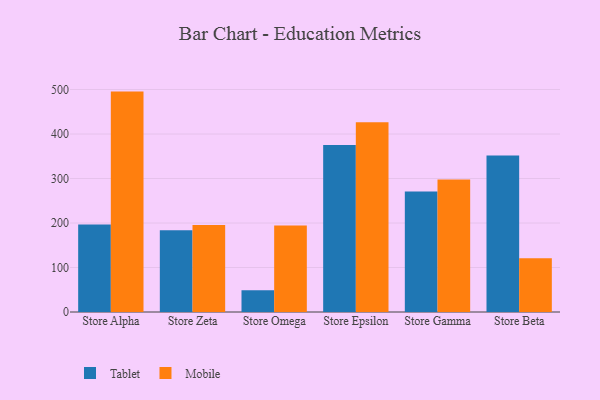
{"axis": {"x": "Store", "y": "Satisfaction Score"}, "legend": ["Mobile", "Tablet"], "data": [{"x": "Store Alpha", "y": 196.9, "type": "Tablet"}, {"x": "Store Alpha", "y": 495.3, "type": "Mobile"}, {"x": "Store Zeta", "y": 183.9, "type": "Tablet"}, {"x": "Store Zeta", "y": 195.6, "type": "Mobile"}, {"x": "Store Omega", "y": 48.8, "type": "Tablet"}, {"x": "Store Omega", "y": 194.2, "type": "Mobile"}, {"x": "Store Epsilon", "y": 375.4, "type": "Tablet"}, {"x": "Store Epsilon", "y": 426.3, "type": "Mobile"}, {"x": "Store Gamma", "y": 270.8, "type": "Tablet"}, {"x": "Store Gamma", "y": 297.5, "type": "Mobile"}, {"x": "Store Beta", "y": 351.5, "type": "Tablet"}, {"x": "Store Beta", "y": 120.8, "type": "Mobile"}]}